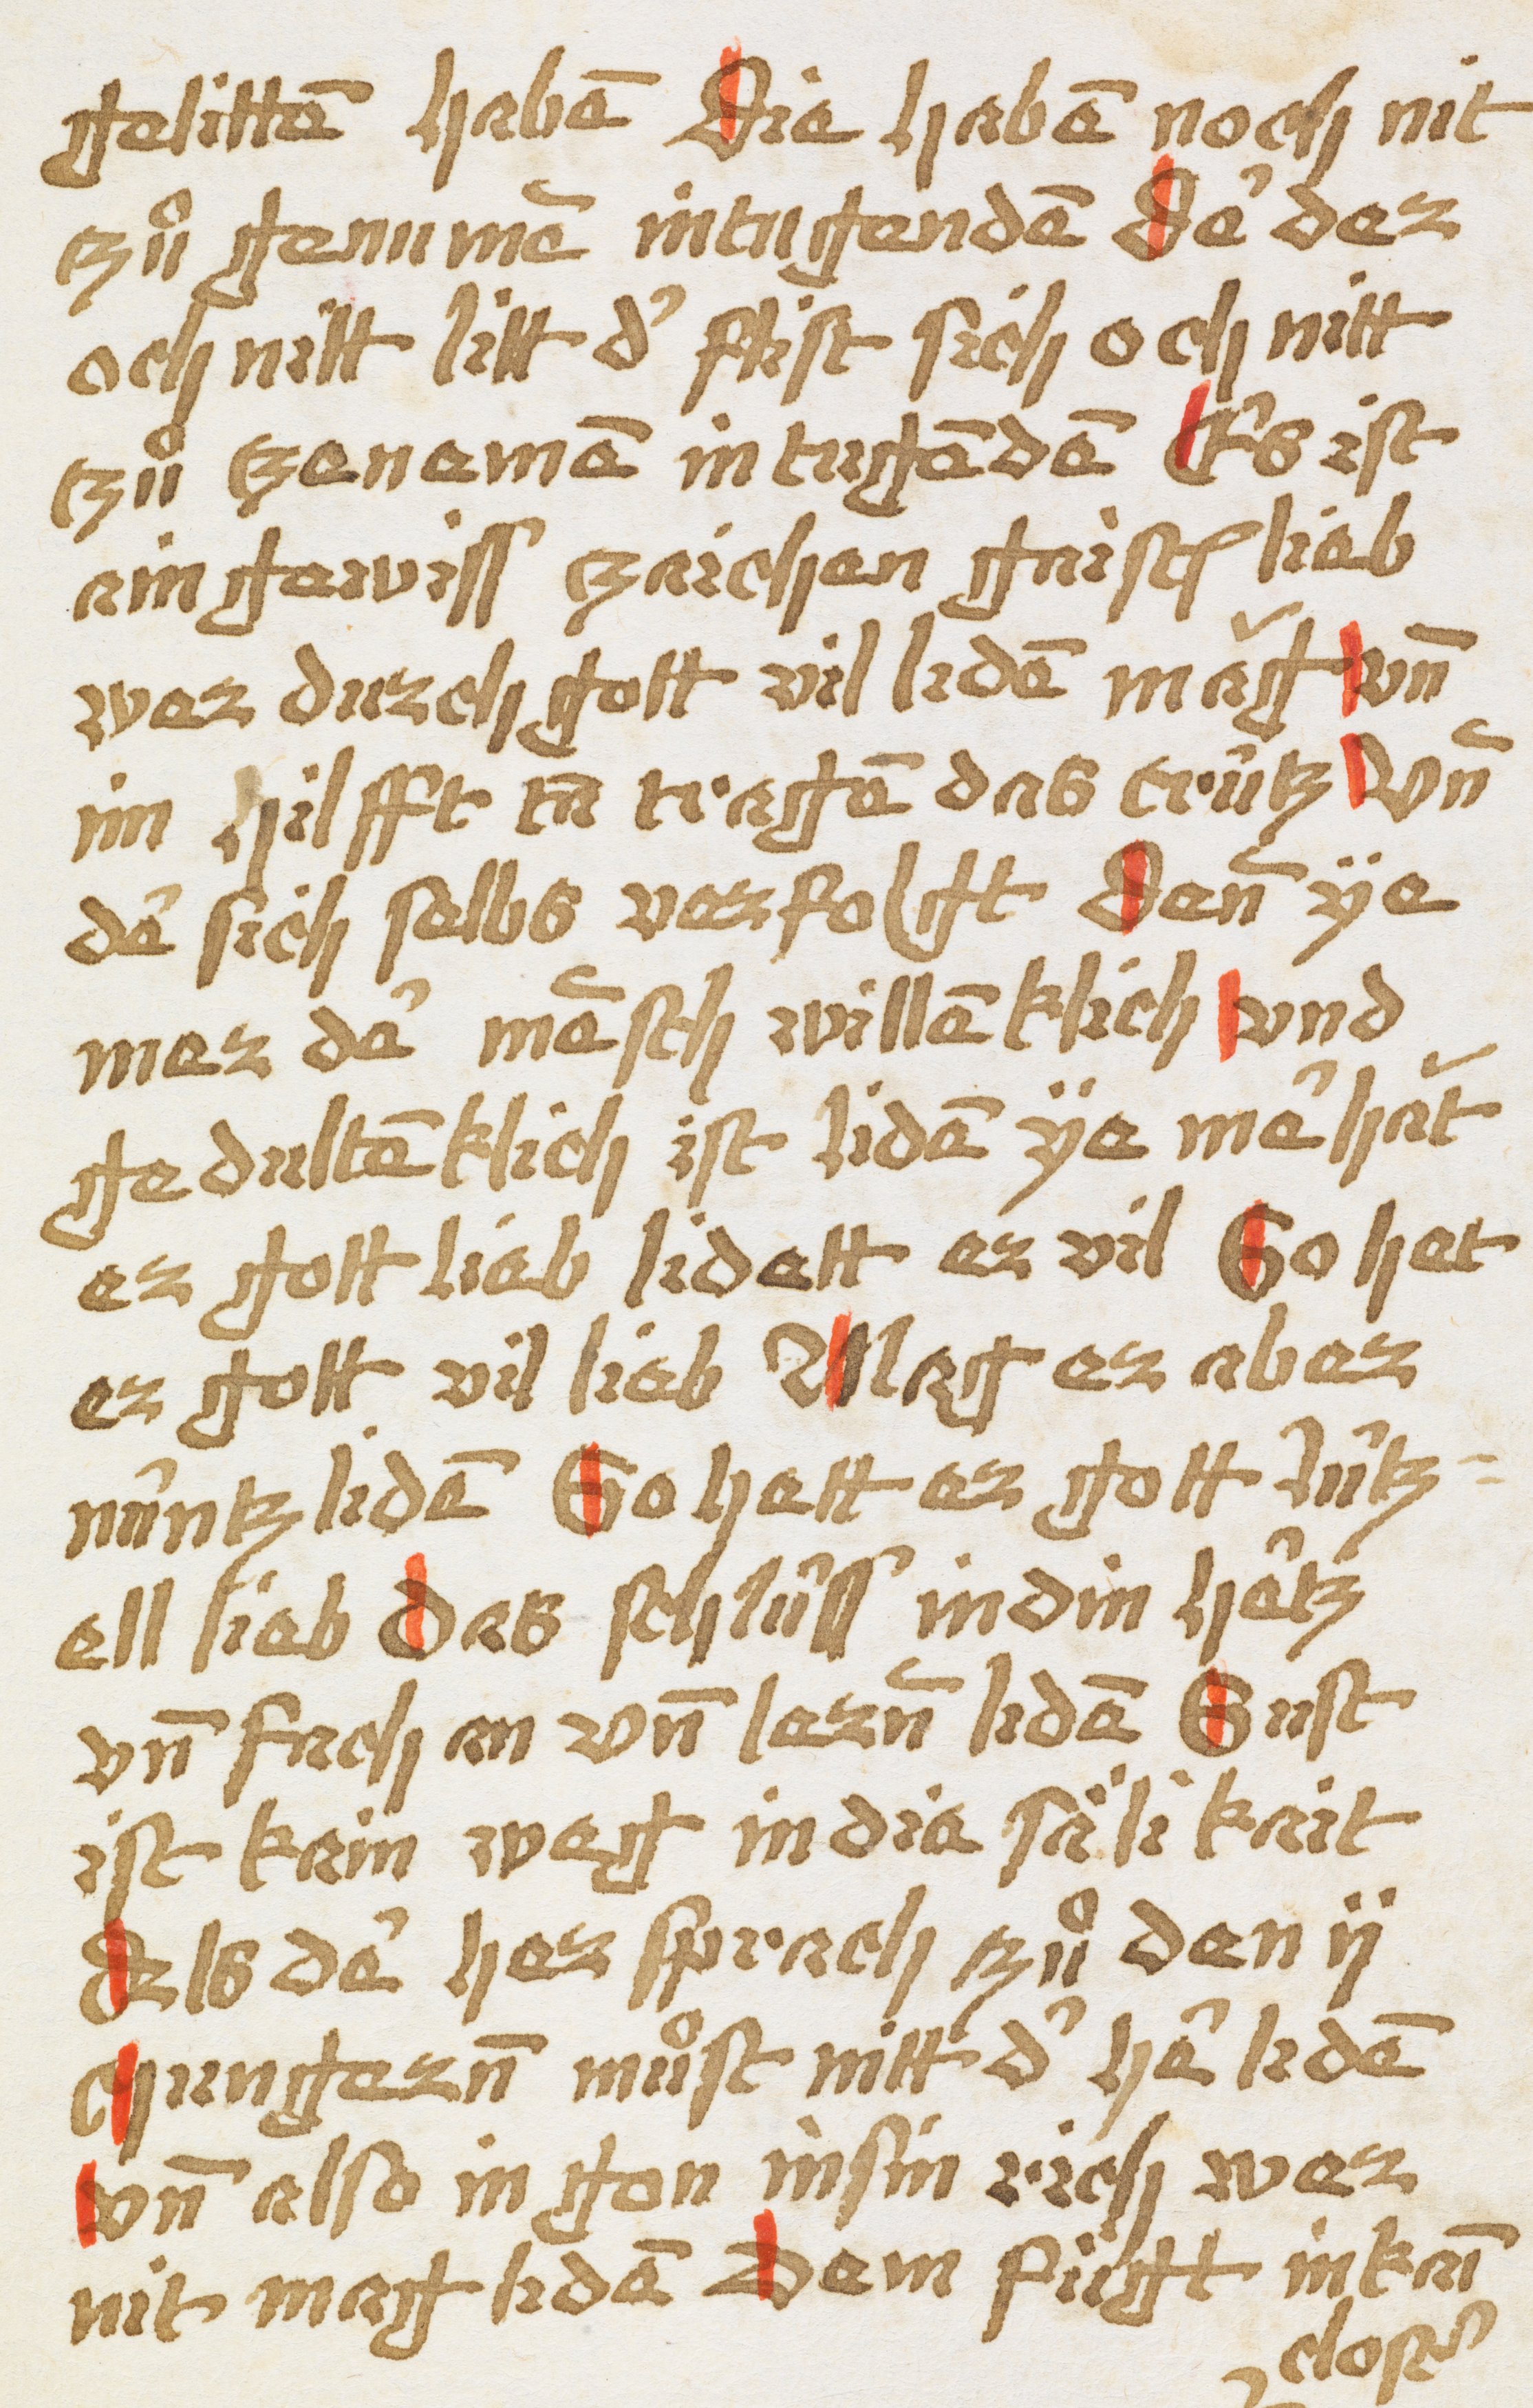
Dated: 1450–1499